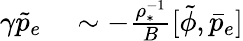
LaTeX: \begin{array}{rl}{\gamma\tilde{p}_{e}}&{{}\sim-\frac{\rho_{*}^{-1}}{B}[\tilde{\phi},\bar{p}_{e}]}\end{array}